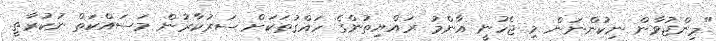
"މިންޖުވާން ނިކުންނަން މި ޖެހުނީ އާންމު ރައްޔިތުންގެ ހައްގުތަކަށް ސަރުކާރުން މަސައްކަތް ނުކުރާތީ.